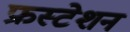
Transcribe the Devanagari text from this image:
फ्रस्टेशन